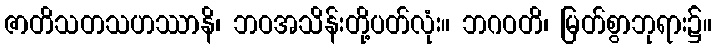
ဇာတိသတသဟဿာနိ၊ ဘဝအသိန်းတို့ပတ်လုံး။ ဘဂဝတိ၊ မြတ်စွာဘုရား၌။